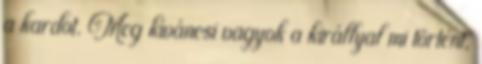
a kardot. Meg kíváncsi vagyok a királlyal mi történt,